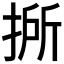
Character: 𢯢